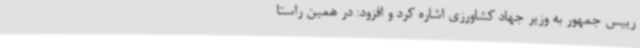
رییس جمهور به وزیر جهاد کشاورزی اشاره کرد و افزود: در همین راستا